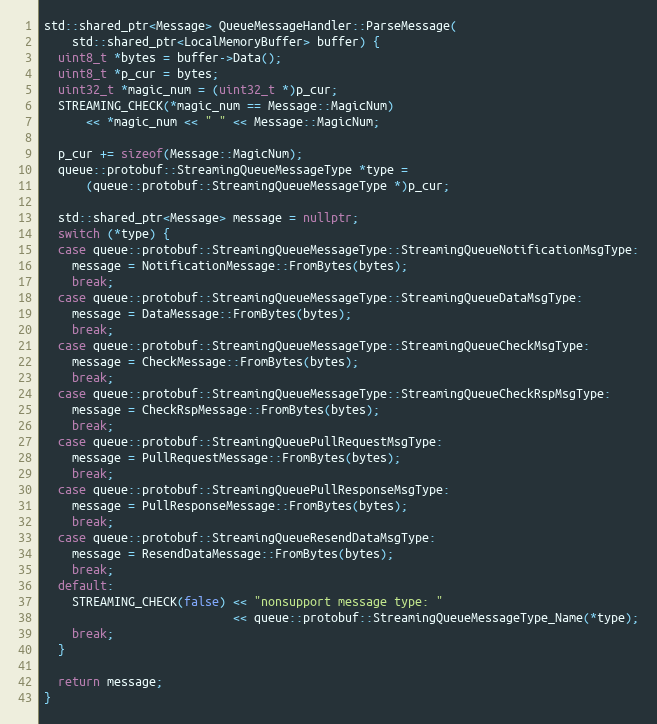
Language: C++
std::shared_ptr<Message> QueueMessageHandler::ParseMessage(
    std::shared_ptr<LocalMemoryBuffer> buffer) {
  uint8_t *bytes = buffer->Data();
  uint8_t *p_cur = bytes;
  uint32_t *magic_num = (uint32_t *)p_cur;
  STREAMING_CHECK(*magic_num == Message::MagicNum)
      << *magic_num << " " << Message::MagicNum;

  p_cur += sizeof(Message::MagicNum);
  queue::protobuf::StreamingQueueMessageType *type =
      (queue::protobuf::StreamingQueueMessageType *)p_cur;

  std::shared_ptr<Message> message = nullptr;
  switch (*type) {
  case queue::protobuf::StreamingQueueMessageType::StreamingQueueNotificationMsgType:
    message = NotificationMessage::FromBytes(bytes);
    break;
  case queue::protobuf::StreamingQueueMessageType::StreamingQueueDataMsgType:
    message = DataMessage::FromBytes(bytes);
    break;
  case queue::protobuf::StreamingQueueMessageType::StreamingQueueCheckMsgType:
    message = CheckMessage::FromBytes(bytes);
    break;
  case queue::protobuf::StreamingQueueMessageType::StreamingQueueCheckRspMsgType:
    message = CheckRspMessage::FromBytes(bytes);
    break;
  case queue::protobuf::StreamingQueuePullRequestMsgType:
    message = PullRequestMessage::FromBytes(bytes);
    break;
  case queue::protobuf::StreamingQueuePullResponseMsgType:
    message = PullResponseMessage::FromBytes(bytes);
    break;
  case queue::protobuf::StreamingQueueResendDataMsgType:
    message = ResendDataMessage::FromBytes(bytes);
    break;
  default:
    STREAMING_CHECK(false) << "nonsupport message type: "
                           << queue::protobuf::StreamingQueueMessageType_Name(*type);
    break;
  }

  return message;
}